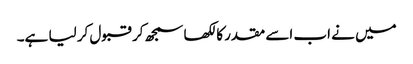
میں نے اب اسے مقدر کا لکھا سمجھ کر قبول کر لیا ہے۔